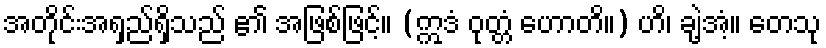
အတိုင်းအရှည်ရှိသည် ၏ အဖြစ်ဖြင့်။ (ဣဒံ ဝုတ္တံ ဟောတိ။) ဟိ၊ ချဲ့အံ့။ တေသု